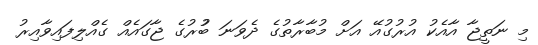
މި ނަތީޖާ އާއެކު އުރުގުއޭ އަށް މުބާރާތުގެ ދެވަނަ ބުުރުގެ ޖާގައެއް ގެއްލިފައިވާއިރު